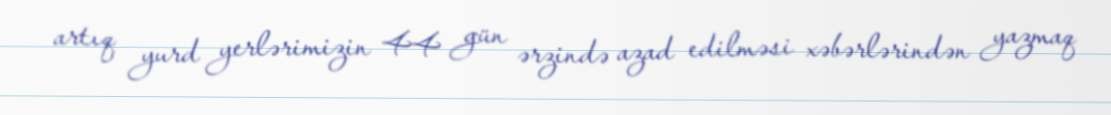
artıq yurd yerlərimizin 44 gün ərzində azad edilməsi xəbərlərindən yazmaq